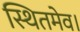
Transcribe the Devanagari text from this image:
स्थितमेव।